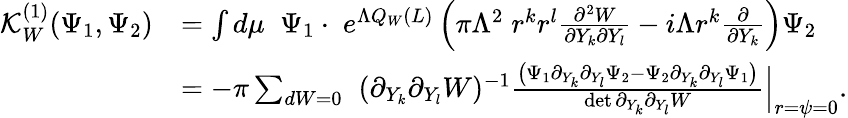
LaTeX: \begin{array}{rl}{\mathcal{K}_{W}^{(1)}(\Psi_{1},\Psi_{2})}&{=\int d\mu\; \; \Psi_{1}\cdot\; e^{\Lambda Q_{W}(L)}\left(\pi\Lambda^{2}\; r^{k}r^{l}\frac{\partial^{2}W}{\partial Y_{k}\partial Y_{l}}-i\Lambda r^{k}\frac{\partial}{\partial Y_{k}}\right)\Psi_{2}}\\ &{=-\pi\sum_{dW=0}\; \; (\partial_{Y_{k}}\partial_{Y_{l}}W)^{-1}\frac{\left(\Psi_{1}\partial_{Y_{k}}\partial_{Y_{l}}\Psi_{2}-\Psi_{2}\partial_{Y_{k}}\partial_{Y_{l}}\Psi_{1}\right)}{\operatorname*{det}\partial_{Y_{k}}\partial_{Y_{l}}W}\Big|_{r=\psi=0}.}\end{array}